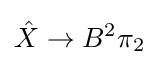
{\hat {X}}\to B^{2}\pi _{2}